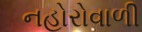
નહોરોવાળી